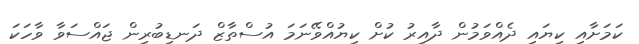
ކަމަށާއި ކިޔައި ދެއްވަމުން ދާއިރު ކުށް ކިޔުއްވޭނަމަ އުސްތާޒް ދަނޑިބުރިން ޖައްސަވާ ވާހަކަ